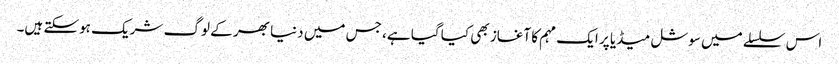
اس سلسلے میں سوشل میڈیا پر ایک مہم کا آغاز بھی کیا گیا ہے، جس میں دنیا بھر کے لوگ شریک ہوسکتے ہیں۔